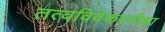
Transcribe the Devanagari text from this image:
तत्वविवेकपरीक्षा